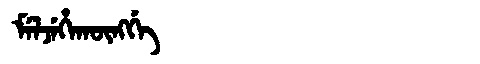
Manchu: ᠮᡝᠯᠵᡝᡥᠠᡴᡡᠩᡤᡝ
Romanization: MELJEHAKŪNGGE